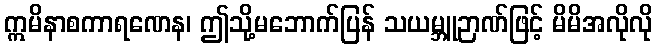
ဣမိနာစကာရဏေန၊ ဤသို့မဘောက်ပြန် သယမ္ဘူဉာဏ်ဖြင့် မိမိအလိုလို